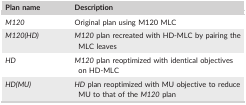
<table><thead><tr><td><b>Plan name</b></td><td><b>Description</b></td></tr></thead><tbody><tr><td><i>M120</i></td><td>Original plan using M120 MLC</td></tr><tr><td><i>M120(HD)</i></td><td><i>M120</i> plan recreated with HD‐MLC by pairing the MLC leaves</td></tr><tr><td><i>HD</i></td><td><i>M120</i> plan reoptimized with identical objectives on HD‐MLC</td></tr><tr><td><i>HD(MU)</i></td><td><i>HD</i> plan reoptimized with MU objective to reduce MU to that of the <i>M120</i> plan</td></tr></tbody></table>